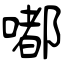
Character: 嘟